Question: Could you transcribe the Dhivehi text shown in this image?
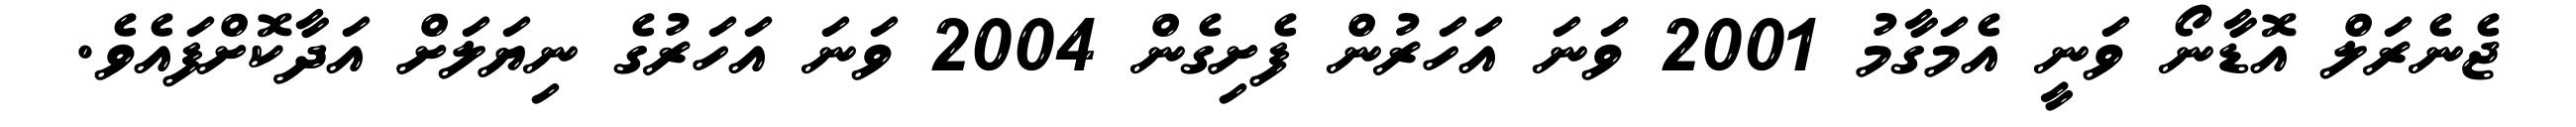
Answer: ޖެނެރަލް އޮޑާނޯ ވަނީ އެމަގާމު 2001 ވަނަ އަހަރުން ފެށިގެން 2004 ވަނަ އަހަރުގެ ނިޔަލަށް އަދާކޮށްފައެވެ.